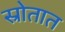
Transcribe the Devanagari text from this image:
स्रोतात